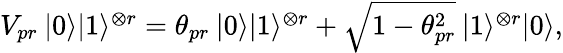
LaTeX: \begin{array}{r}{V_{pr}\: |0\rangle|1\rangle^{\otimes r}=\theta_{pr}\: |0\rangle|1\rangle^{\otimes r}+\sqrt{1-\theta_{pr}^{2}}\: |1\rangle^{\otimes r}|{0}\rangle,}\end{array}